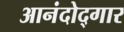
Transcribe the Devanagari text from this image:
आनंदोद्गार